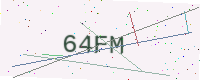
Text: 64FM